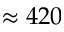
\approx 4 2 0